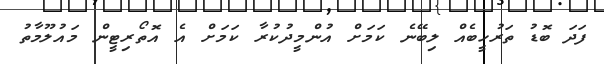
ފަދަ ބޮޑު ތަރުހީބެއް ލިބޭނެ ކަމަށް އުންމީދުކުރާ ކަމަށް އެ އޮތޯރިޓީން މައުލޫމާތު